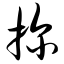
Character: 探